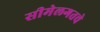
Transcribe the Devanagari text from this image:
सीमेलगतचे